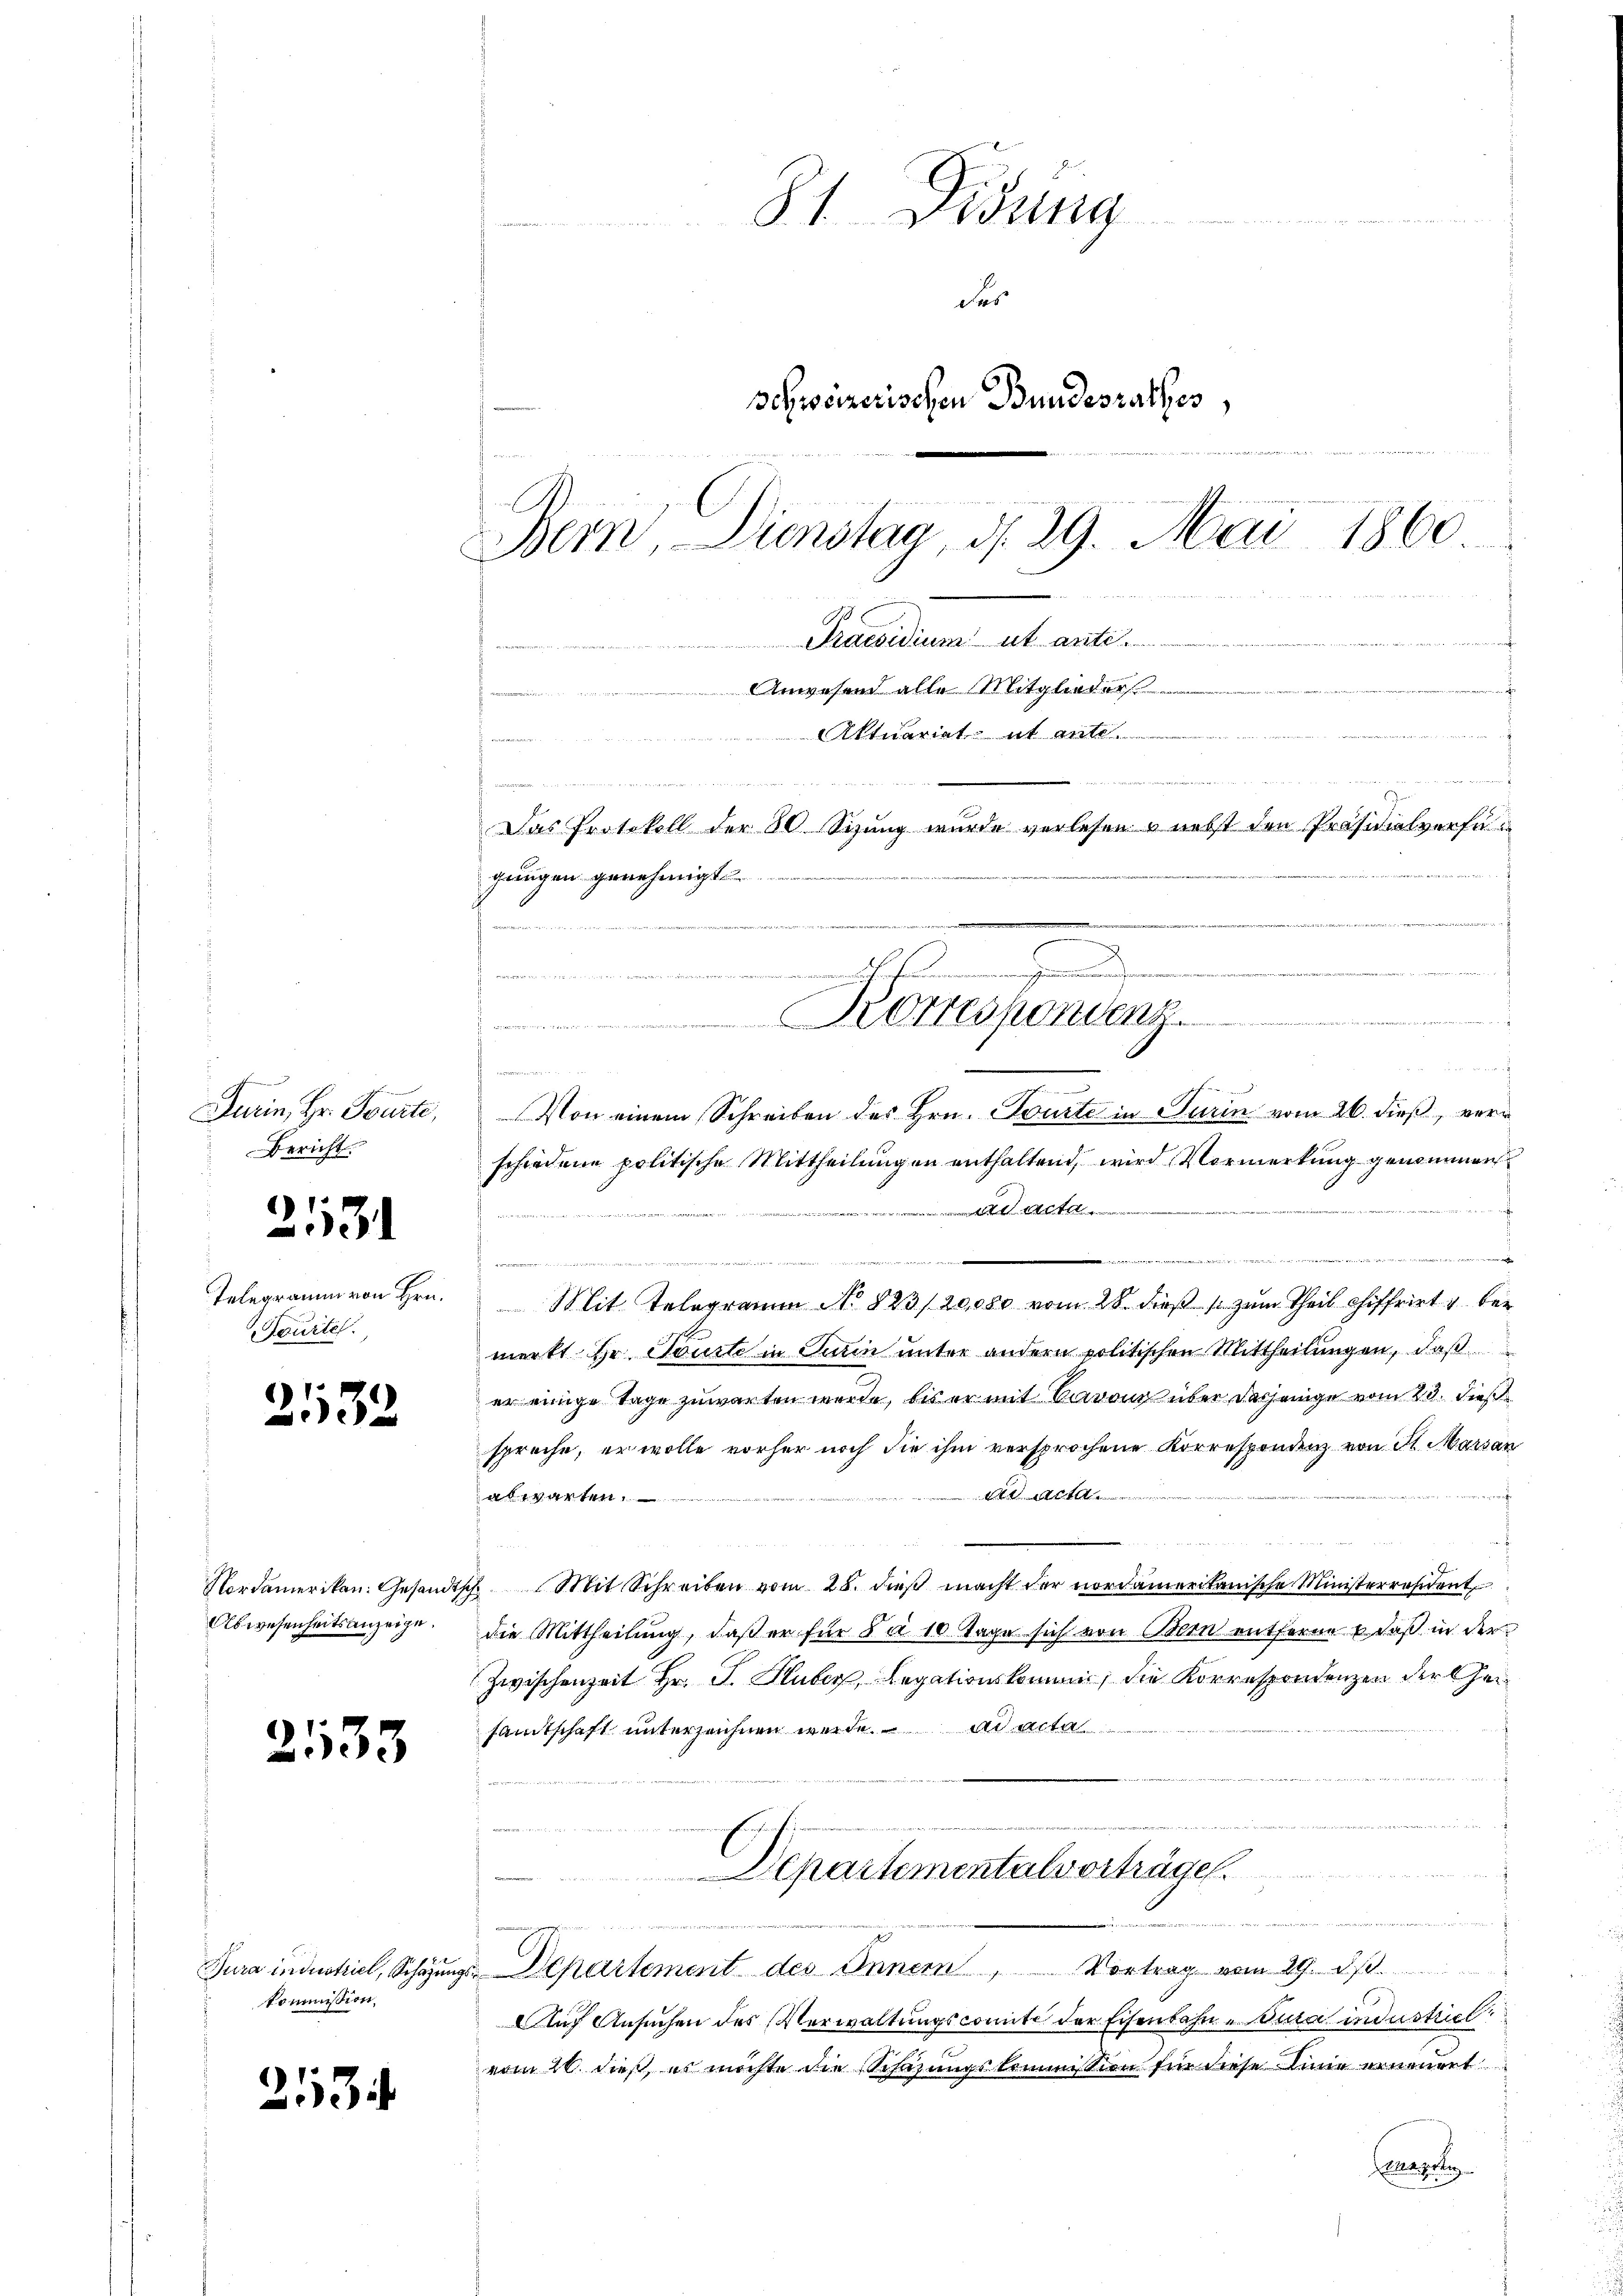
h
Turin, Hr. Tourte,
Bericht.

2131

Telegramm von Hrn.
Scurtel.

2132

Nordamerikan. Gesandt,
Abwesenheitsanzeige.

2133

kommission,

2534

81. Disena

de

das
Schweizerischen Bundesrathes,
h
Bern, Dienstag, d. 29. Mai 1860

u
t
Praesidium ut ante.
Anwesend alle Mitglieder
.
orii
tacariat
h
wettengerecht
  und de
Das Protokoll der 30 Sizung wurde verlesen & nebst den Präsidialverfügungen genehmigt
t

Bestimmung vereite der keine der Manders in seine
.

Von einem Schreiben des Hrn. Tourte in Turin vom 26. dieß, verschiedene politische Mittheilungen enthaltend, wird Vormerkung genommen
f
acta
e
wegens de
.
Mit Telegramm No 823/20,000 vom 28. dieβ / zŭm Theil chiffrirt u. bei
merkt Hr. Tourte in Turin unter andern politischen Mittheilungen, daß
er einige Tage zuwarten werde, bis er mit Baron über dasjenige vom 23. dieß
spreche, er wolle vorher noch die ihm versprochene Korrespondenz von St. Marsan
t
algarten
isch. Mit Schreiben vom 28. dieß macht der nordameritanische Ministerresident
die Mittheilung, daß er für da 10 Tage sich von Bern entferne & daß in der
Zwischenzeit Hr. J. Huber, Legationskommis, die Korrespondenzen der theisamtschaft unterzeichnen werde. ad acta
n
Departementalvorträge.

Jura industriel, Schazungs-Departement des Innern, Vortrag vom 29. ds.
Auch Ansuchen des Verwaltungscomite der Eisenbahn-Dura industriel
vom 20. dieß, es möchte die Schazungskommission für diese Linie ernendet
Cenapete

z
e
Korrespondenz
e